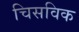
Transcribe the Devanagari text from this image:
चिसविक